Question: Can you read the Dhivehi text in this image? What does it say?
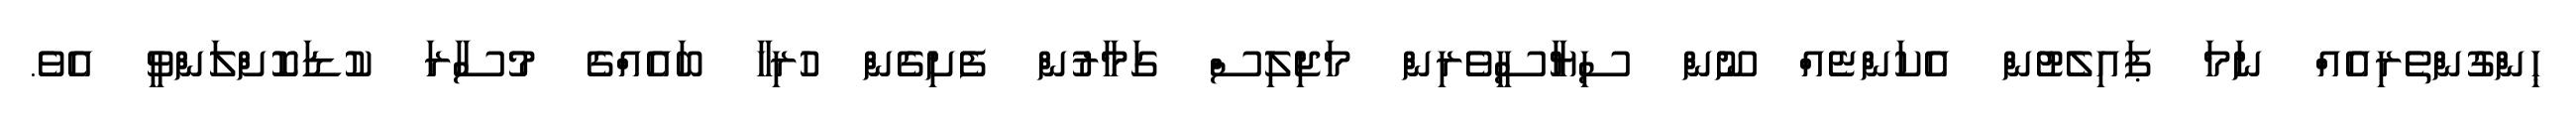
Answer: ޙިންގުންތެރިއެއް ނަމަ ޕައިލެޓުން އެކަންޏެއް ނޫން ސިޔާސީވެރިން މަޖިލިސް ގަމާރުން ފެށިގެން ހުރިހާ ބައެއްގެ މުސާރަ ކުޑަކޮށްލަންވީ އެވެ.